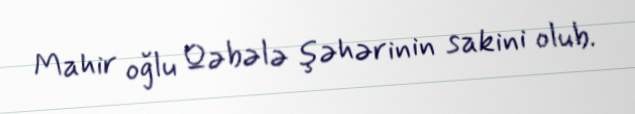
Mahir oğlu Qəbələ şəhərinin sakini olub.